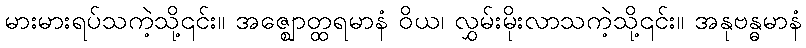
မားမားရပ်သကဲ့သို့၎င်း။ အဇ္ဈောတ္ထရမာနံ ဝိယ၊ လွှမ်းမိုးလာသကဲ့သို့၎င်း။ အနုဗန္ဓမာနံ